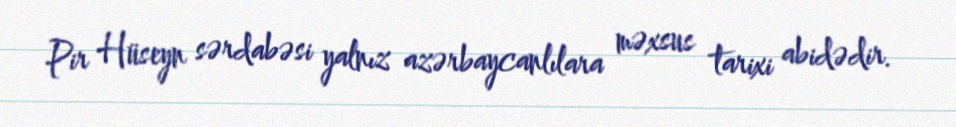
Pir Hüseyn sərdabəsi yalnız azərbaycanlılara məxsus tarixi abidədir.